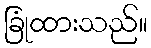
ခြုံထားသည်။